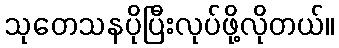
သုတေသနပိုပြီးလုပ်ဖို့လိုတယ်။